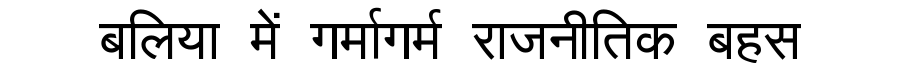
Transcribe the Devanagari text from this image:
बलिया में गर्मागर्म राजनीतिक बहस